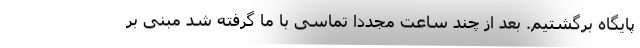
پایگاه برگشتیم. بعد از چند ساعت مجددا تماسی با ما گرفته شد مبنی بر